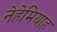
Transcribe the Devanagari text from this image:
नेहेमियाह